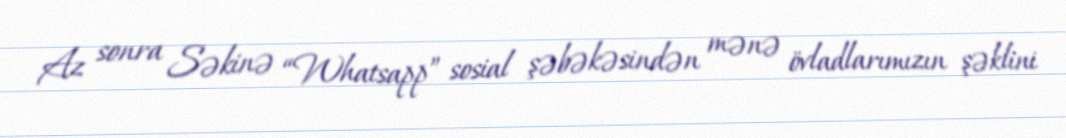
Az sonra Səkinə “Whatsapp” sosial şəbəkəsindən mənə övladlarımızın şəklini